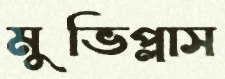
মুভিপ্লাস